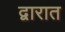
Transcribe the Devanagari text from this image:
द्वारात